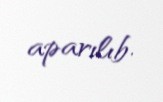
aparılıb.